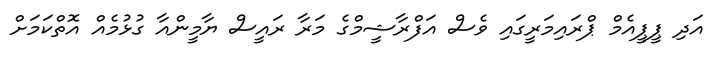
އަދި ޕީޕީއެމް ޕްރައިމަރީގައި ވެސް އަފްރާޝީމްގެ މަރާ ރައީސް ޔާމީންއާ ގުޅުމެއް އޮތްކަމަށް